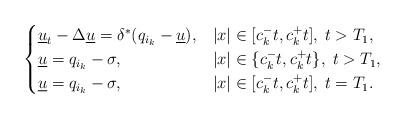
LaTeX: \begin{align*}\begin{cases}\underline u_t-\Delta \underline u=\delta^*(q_{i_k}-\underline u), & |x|\in [c_k^- t, c_k^+t], \; t>T_1,\\\underline u=q_{i_k}-\sigma, & |x|\in \{c_k^-t, c_k^+t\}, \; t>T_1,\\\underline u=q_{i_k}-\sigma, & |x|\in [c_k^-t, c_k^+t], \; t=T_1.\end{cases}\end{align*}